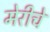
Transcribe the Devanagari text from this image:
मेरीचे